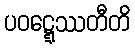
ပဝဋ္ဋေဿတီတိ